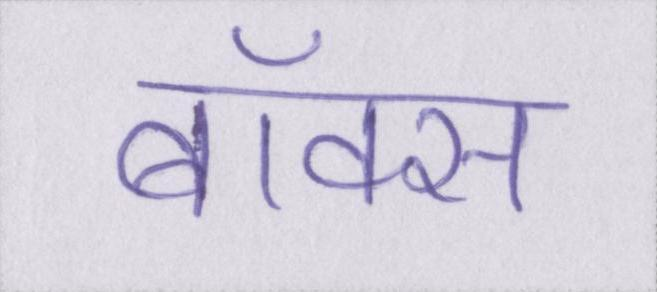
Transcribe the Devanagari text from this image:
बॉक्स